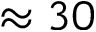
\approx 3 0